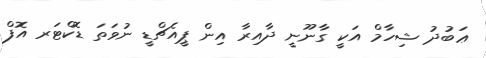
ޢަބުދު ޝިހާމް އަކީ ގާނޫނީ ދާއިރާ އިން ޕީއެޗްޑީ ނުވަތަ ޑޮކްޓަރ އޮފް